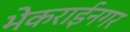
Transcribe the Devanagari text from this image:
भेकराईनगर